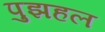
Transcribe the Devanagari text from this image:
पुझहल